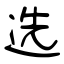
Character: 选